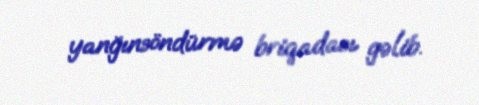
yanğınsöndürmə briqadası gəlib.